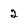
Character: 2